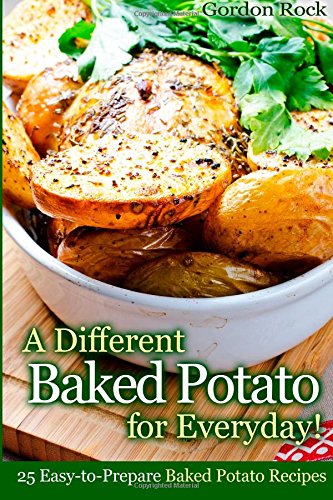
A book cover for A Different Baked Potato for Everyday!: 25 Easy-to-Prepare Baked Potato Recipes; Gordon Rock; Cookbooks, Food & Wine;